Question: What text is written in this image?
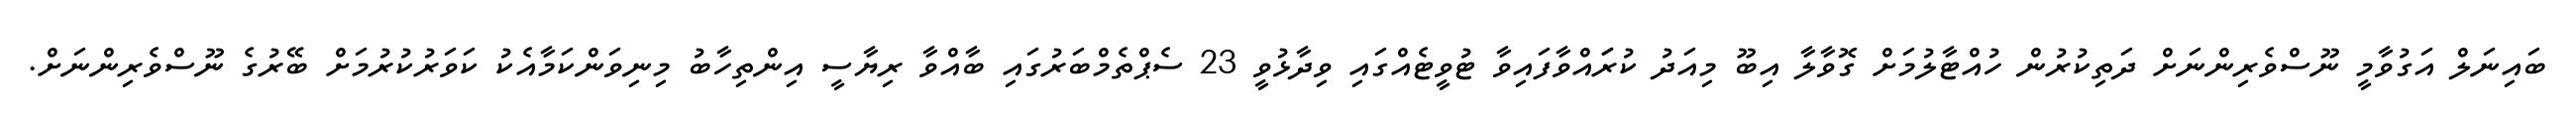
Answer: ބައިނަލް އަގުވާމީ ނޫސްވެރިންނަށް ދަތިކުރުން ހުއްޓާލުމަށް ގޮވާލާ އިބޫ މިއަދު ކުރަައްވާފައިވާ ޓުވީޓެއްގައި ވިދާޅުވީ 23 ސެޕްތެމްބަރުގައި ބާއްވާ ރިޔާސީ އިންތިހާބު މިނިވަންކަމާއެކު ކަވަރުކުރުމަށް ބޭރުގެ ނޫސްވެރިންނަށް.